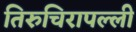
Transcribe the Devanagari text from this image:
तिरुचिरापल्‍ली